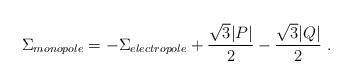
LaTeX: \begin{align*}\Sigma_{monopole}= - \Sigma_{electropole} + {\sqrt 3 |P|\over 2} - {\sqrt 3 |Q|\over 2} \ .\end{align*}